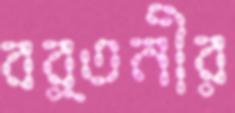
বর্তনীর